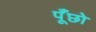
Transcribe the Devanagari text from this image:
पूँछो